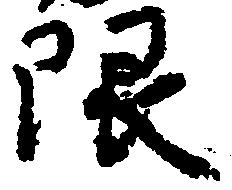
限